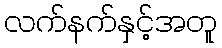
လက်နက်နှင့်အတူ